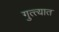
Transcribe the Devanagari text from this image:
गुत्त्यात